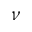
\nu